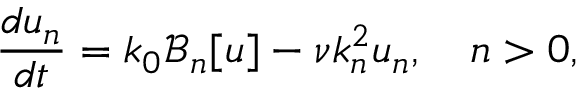
\frac { d u _ { n } } { d t } = k _ { 0 } \mathcal { B } _ { n } [ u ] - \nu k _ { n } ^ { 2 } u _ { n } , \quad n > 0 ,